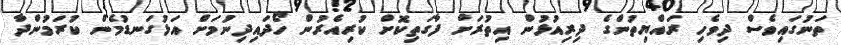
ތަނުގައިވެސް ދިވެހި ރައްޔިތުންގެ ދިރިއުޅުން އިތުރަށް ފާގަތިކޮށް ކުރިއެރުން ހޯދައިދިނުމަށް އަޅުގަނޑުމެން ކުރަމުންދާ